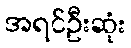
အရင်ဦးဆုံး